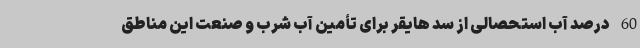
60 درصد آب استحصالی از سد هایقر برای تأمین آب شرب و صنعت این مناطق